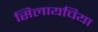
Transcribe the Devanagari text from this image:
सिलायचिया